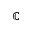
\mathbb { C }